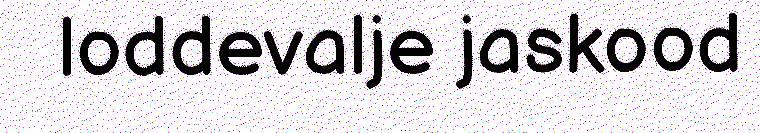
loddevalje jaskood